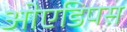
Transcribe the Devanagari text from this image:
ओएडिपस